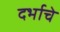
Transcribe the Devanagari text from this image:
दर्भाचे